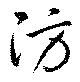
防